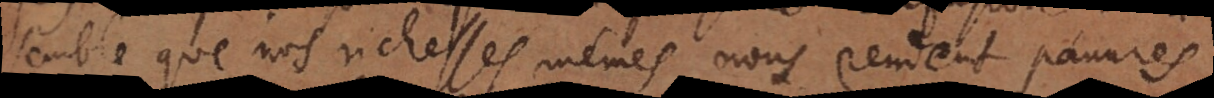
semble que nos richesses mêmes nous rendent pauvres